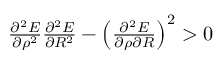
\begin{array} { r } { \frac { \partial ^ { 2 } E } { \partial \rho ^ { 2 } } \frac { \partial ^ { 2 } E } { \partial R ^ { 2 } } - \left( \frac { \partial ^ { 2 } E } { \partial \rho \partial R } \right) ^ { 2 } > 0 } \end{array}